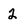
Character: 2